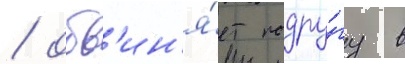
/ обв'ин'я́ет подру́гу в